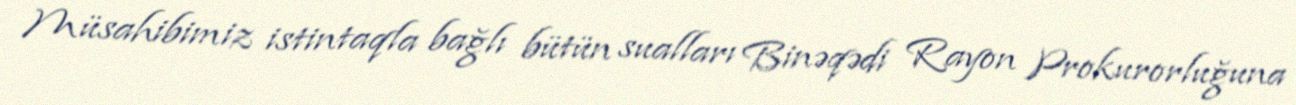
Müsahibimiz istintaqla bağlı bütün sualları Binəqədi Rayon Prokurorluğuna